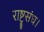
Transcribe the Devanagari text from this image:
राष्ट्रसंघ।